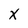
Character: X